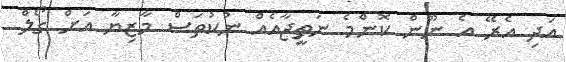
އަދި އެރޭ އެ ނޫން ކޮންމެ ނަތީޖާއެއް ނުކުތަސް މާޒިޔާ އަށް ގޯލް